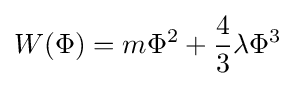
W(\Phi )=m\Phi ^{2}+{\frac {4}{3}}\lambda \Phi ^{3}